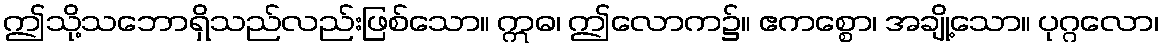
ဤသို့သဘောရှိသည်လည်းဖြစ်သော။ ဣဓ၊ ဤလောက၌။ ဧကစ္စော၊ အချို့သော။ ပုဂ္ဂလော၊